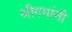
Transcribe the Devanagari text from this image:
श्रीगमांनी